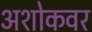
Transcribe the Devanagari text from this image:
अशोकवर